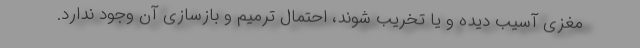
مغزی آسیب دیده و یا تخریب شوند، احتمال ترمیم و بازسازی آن وجود ندارد.